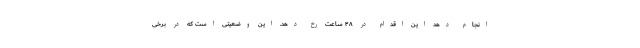
انجام دهد این اقدام در ۴۸ ساعت رخ دهد. این وضعیتی است که در برخی